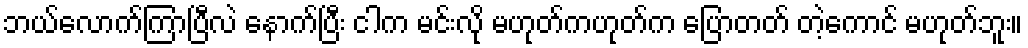
ဘယ်လောက်ကြာပြီလဲ နောက်ပြီး ငါက မင်းလို မဟုတ်ကဟုတ်က ပြောတတ် တဲ့ကောင် မဟုတ်ဘူး။